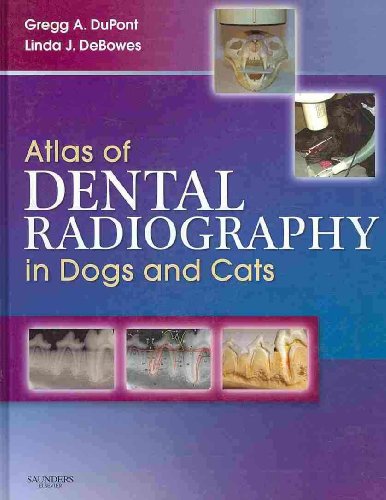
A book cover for Atlas of Dental Radiography in Dogs and Cats - Text and VETERINARY CONSULT Package, 1e; Gregg A. DuPont DVM  FAVD  DAVDC; Medical Books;